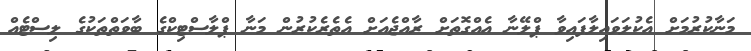
މަނާކުރުމަށް އެކުލަވައިލާފައިވާ ޕްލޭނާ އެއްގޮތަށް ރާއްޖެއަށް އެތެރެކުރުން މަނާ ޕްލާސްޓިކްގެ ބާވަތްތަކުގެ ލިސްޓެއް